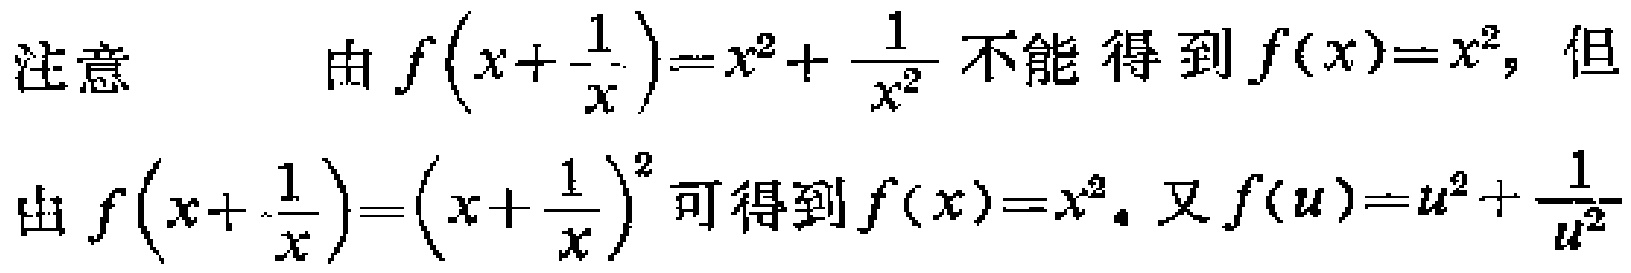
注意 \(\quad\) 由 \(f\left(x+\frac{1}{x}\right)=x^{2}+\frac{1}{x^{2}}\) 不能得到 \(f(x)=x^{2}\)，但由 \(f\left(x+\frac{1}{x}\right)=\left(x+\frac{1}{x}\right)^{2}\) 可得到 \(f(x)=x^{2}\)。又 \(f(u)=u^{2}+\frac{1}{u^{2}}\)